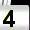
Digit: 4